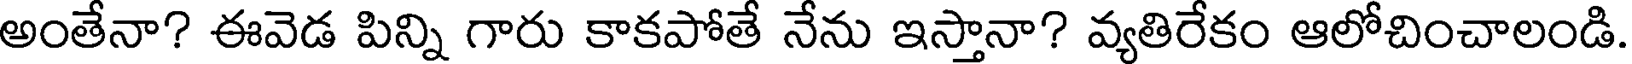
అంతేనా? ఈవెడ పిన్ని గారు కాకపోతే నేను ఇస్తానా? వ్యతిరేకం ఆలోచించాలండి